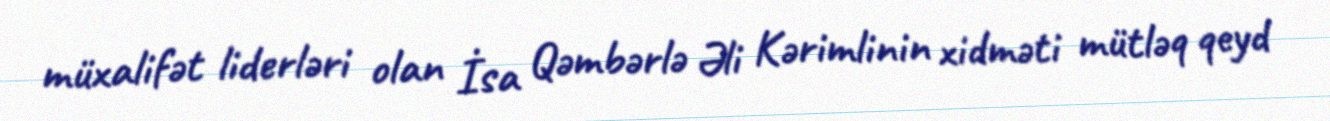
müxalifət liderləri olan İsa Qəmbərlə Əli Kərimlinin xidməti mütləq qeyd